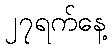
၂၇ရက်နေ့